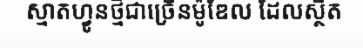
ស្មាតហ្វូនថ្មីជាច្រើនម៉ូឌែល ដែលស្ថិត